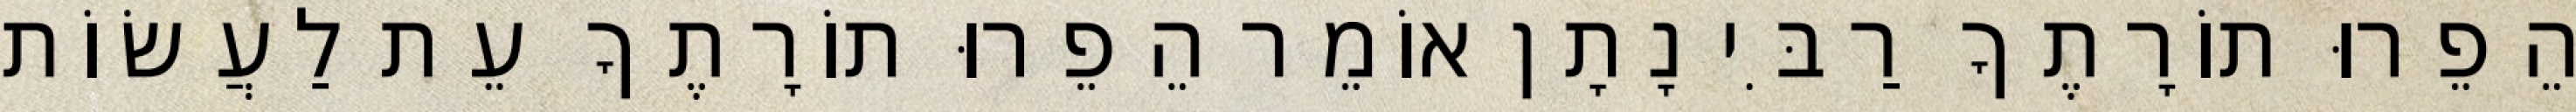
הֵפֵרוּ תוֹרָתֶךָ רַבִּי נָתָן אוֹמֵר הֵפֵרוּ תוֹרָתֶךָ עֵת לַעֲשׂוֹת